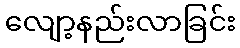
လျော့နည်းလာခြင်း